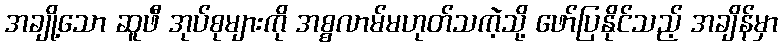
အချို့သော ဆူဖီ အုပ်စုများကို အစ္စလာမ်မဟုတ်သကဲ့သို့ ဖော်ပြနိုင်သည့် အချိန်မှာ